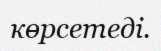
көрсетеді.